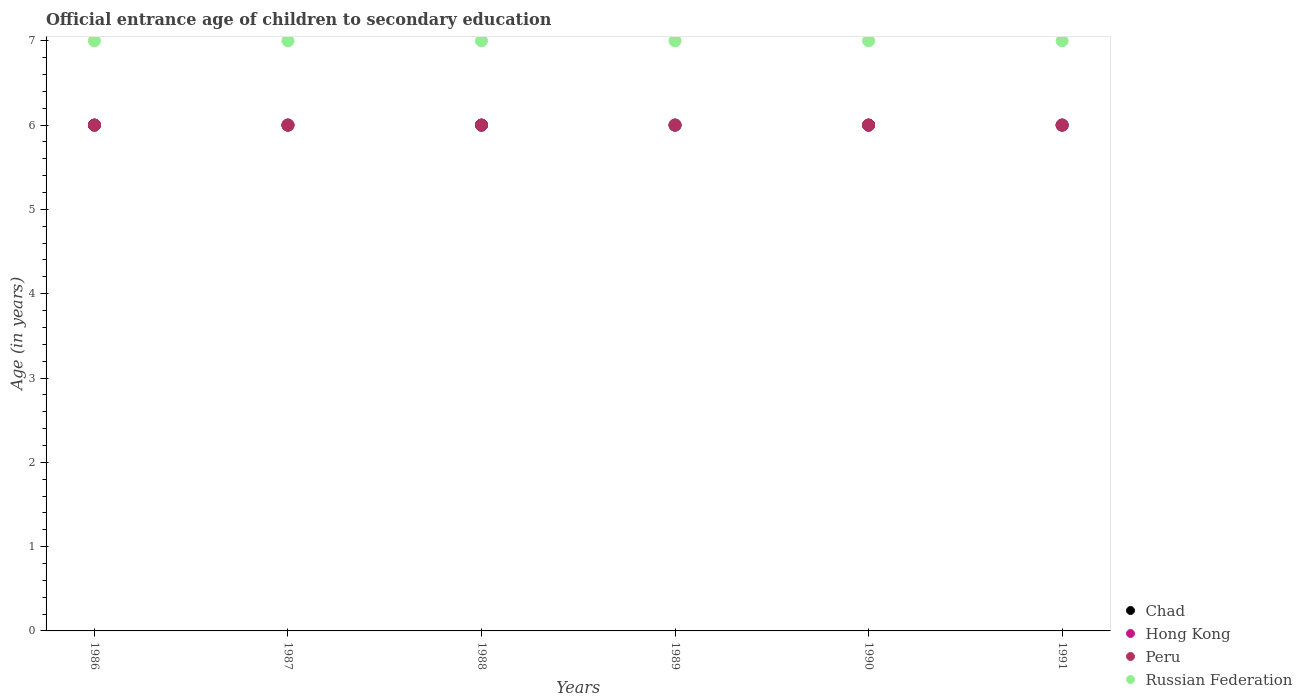
| Years | Chad | Hong Kong | Peru | Russian Federation |
 | --- | --- | --- | --- | --- |
 | 1986 | 6 | 6 | 6 | 7 |
 | 1987 | 6 | 6 | 6 | 7 |
 | 1988 | 6 | 6 | 6 | 7 |
 | 1989 | 6 | 6 | 6 | 7 |
 | 1990 | 6 | 6 | 6 | 7 |
 | 1991 | 6 | 6 | 6 | 7 |